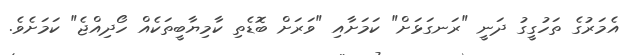
އެމަރުގެ ތަހުގީގު ދަނީ "ރަނގަޅަށް" ކަމަށާއި "ވަރަށް ބޮޑެތި ކާމިޔާބީތަކެއް ހޯދިއްޖެ" ކަމަށެވެ.